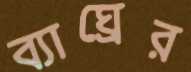
ব্যাঘ্রের